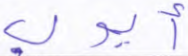
أيوب